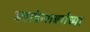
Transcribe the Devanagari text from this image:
ब्लाडेन्सबर्गच्या